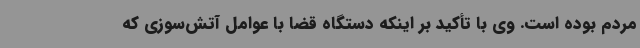
مردم بوده است. وی با تأکید بر اینکه دستگاه قضا با عوامل آتش‌سوزی که